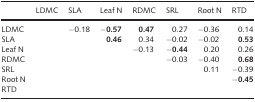
<table><thead><tr><td></td><td><b>LDMC</b></td><td><b>SLA</b></td><td><b>Leaf N</b></td><td><b>RDMC</b></td><td><b>SRL</b></td><td><b>Root N</b></td><td><b>RTD</b></td></tr></thead><tbody><tr><td>LDMC</td><td></td><td>−0.18</td><td>−<b>0.57</b></td><td><b>0.47</b></td><td>0.27</td><td>−0.36</td><td>0.14</td></tr><tr><td>SLA</td><td></td><td></td><td><b>0.46</b></td><td>0.34</td><td>−0.02</td><td>−0.02</td><td><b>0.53</b></td></tr><tr><td>Leaf N</td><td></td><td></td><td></td><td>−0.13</td><td>−<b>0.44</b></td><td>0.20</td><td>0.26</td></tr><tr><td>RDMC</td><td></td><td></td><td></td><td></td><td>−0.03</td><td>−0.40</td><td><b>0.68</b></td></tr><tr><td>SRL</td><td></td><td></td><td></td><td></td><td></td><td>0.11</td><td>−0.39</td></tr><tr><td>Root N</td><td></td><td></td><td></td><td></td><td></td><td></td><td>−<b>0.45</b></td></tr><tr><td>RTD</td><td></td><td></td><td></td><td></td><td></td><td></td><td></td></tr></tbody></table>